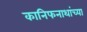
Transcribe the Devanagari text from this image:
कानिफनाथांच्या